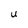
Character: U